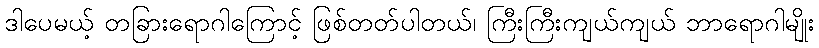
ဒါပေမယ့် တခြားရောဂါကြောင့် ဖြစ်တတ်ပါတယ်၊ ကြီးကြီးကျယ်ကျယ် ဘာရောဂါမျိုး